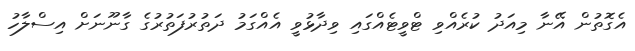
އެގޮތުން އޭނާ މިއަދު ކުރެއްވި ޓްވީޓެއްގައި ވިދާޅުވީ އެއްގަމު ދަތުރުފަތުރުގެ ގާނޫނަށް އިސްލާހު